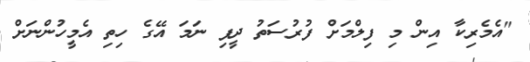
"އެމެރިކާ އިން މި ފިލްމަށް ފުރުސަތު ދީފި ނަމަ އޭގެ ހިތި އެމީހުންނަށް